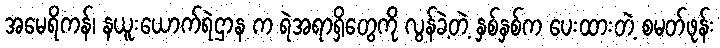
အမေရိကန်၊ နယူးယောက်ရဲဌာန က ရဲအရာရှိတွေကို လွန်ခဲ့တဲ့ နှစ်နှစ်က ပေးထားတဲ့ စမတ်ဖုန်း